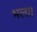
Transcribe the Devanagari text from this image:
भला।